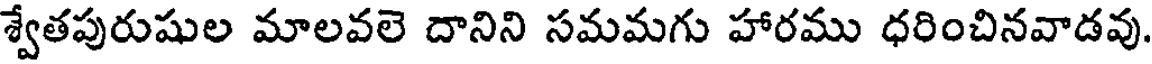
శ్వేతపురుషుల మాలవలె దానిని సమమగు హారము ధరించినవాడవు.